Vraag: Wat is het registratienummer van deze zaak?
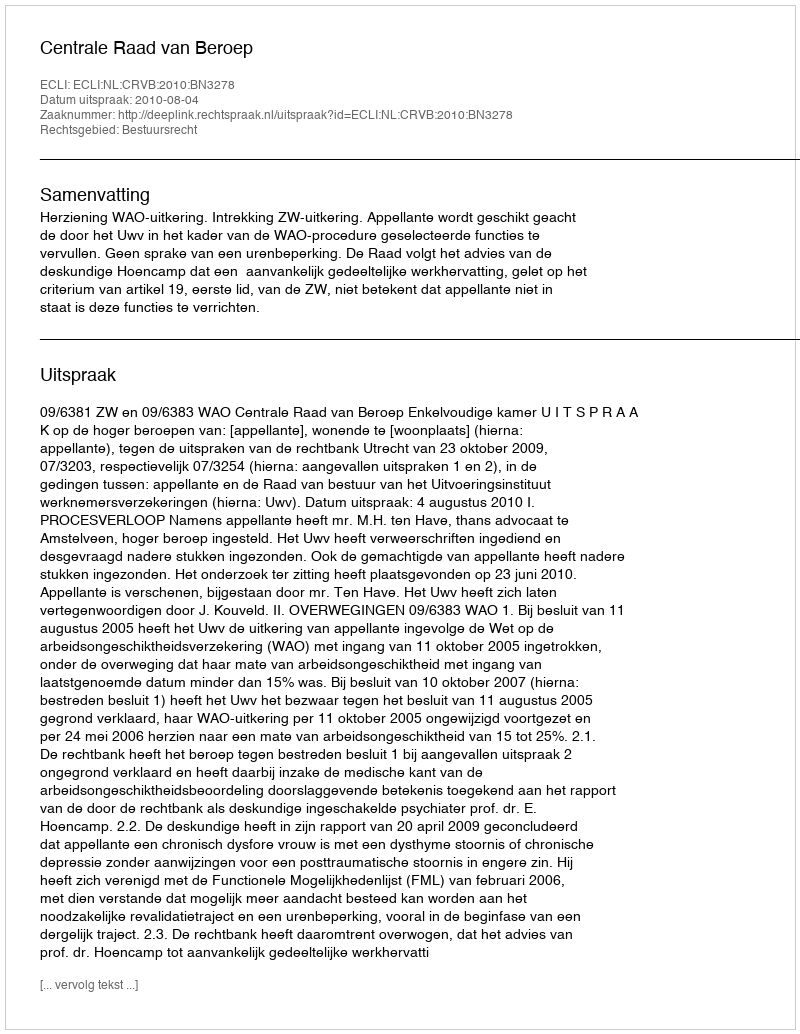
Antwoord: http://deeplink.rechtspraak.nl/uitspraak?id=ECLI:NL:CRVB:2010:BN3278